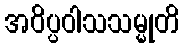
အဝိပ္ပဝါသသမ္မုတိ